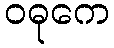
ဝဓုကေ